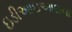
ઇડીઆઇઆઇના